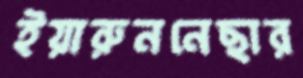
ইয়ারুননেছার